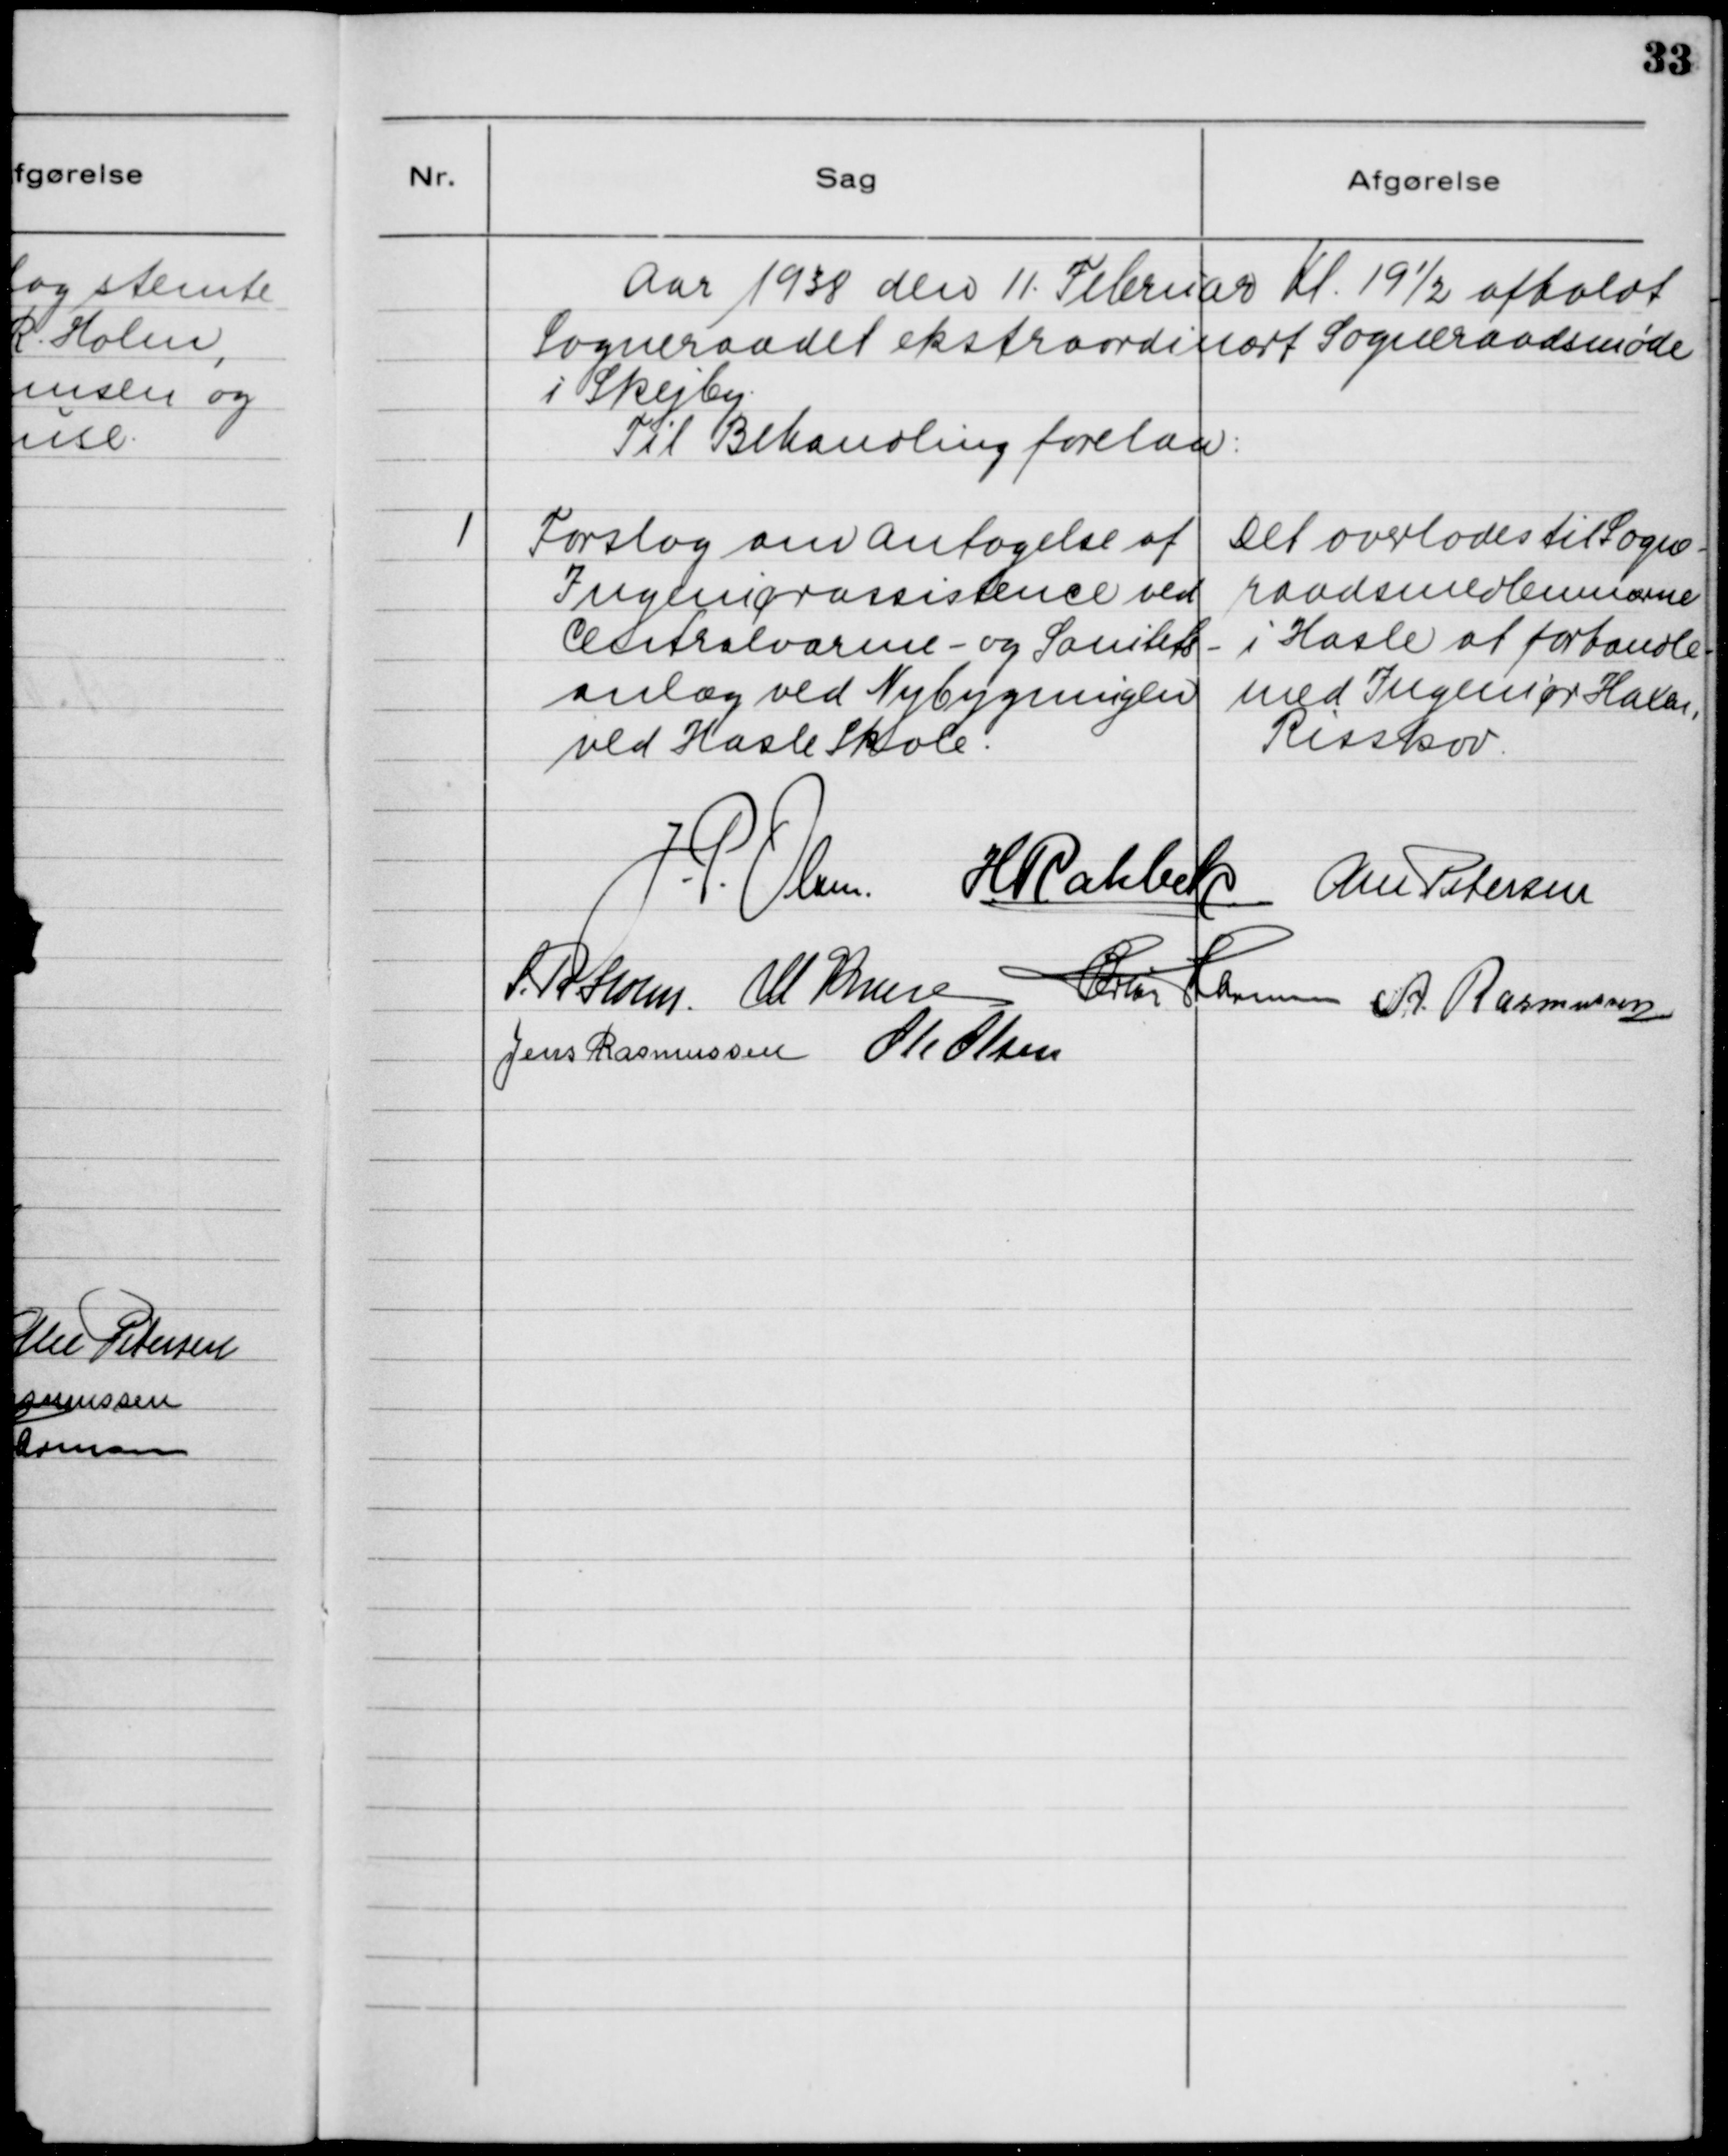
Transskription:
Aar 1938 den 11. Februar Kl. 19 1/2 afholdt
Sogneraadet ekstraordinært Sogneraadsmøde
i Skejby.
Til Behandling forelaa:

1. Forslag om Antagelse af
Ingeniørassistence ved
Centralvarme- og Sanitets-
anlæg ved Nybygningen
ved Hasle Skole

Det overlades til Sogne-
raadsmedlemmerne
i Hasle at forhandle
med Ingeniør Haxen,
Risskov.